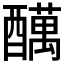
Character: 𲆽